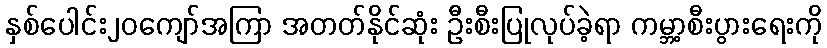
နှစ်ပေါင်း၂၀ကျော်အကြာ အတတ်နိုင်ဆုံး ဦးစီးပြုလုပ်ခဲ့ရာ ကမ္ဘာ့စီးပွားရေးကို